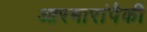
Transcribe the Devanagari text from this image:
आरमारांपैकी